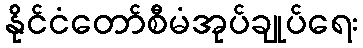
နိုင်ငံတော်စီမံအုပ်ချုပ်ရေး